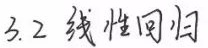
3.2 线性回归